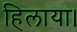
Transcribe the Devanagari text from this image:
हिलाया।